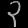
Digit: ၃